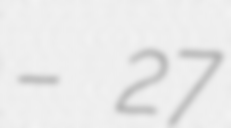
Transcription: – 27